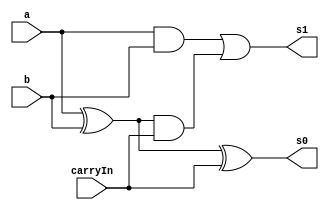
// Exemplo0021 - FULL ADDER(6 bits)
// Nome: Tiago Moreira

// -- full adder 2 bits

module fullAdder(output s1, output s0, input a, input b, input carryIn);

	//saidas intermediarias
	wire s2;
	wire s3;
	wire s4;

	//descricao do circuito por portas
	xor x1(s2,a,b);
	xor x2(s0,s2,carryIn);
	and a1(s3,a,b);
	and a2(s4,s2,carryIn);
	or o1(s1,s3,s4);

endmodule

// -- half adder 2 bits

module halfAdder(output s1, output s0, input a, input b);
	
	//descricao do circuito por portas
	xor x1(s0,a,b);
	and a1(s1,a,b);
endmodule

// -- full adder 6 bits (1 sinal - 5 amplitude)
module fullAdder6(output [0:5]s, input [0:5]a, input [0:5]b);

	//saidas intermediarias
	wire [0:5]s0;

	//descricao do circuito usando modulos anteriores
	halfAdder h1(s0[5],s[5],a[5],b[5]);
	fullAdder f1(s0[4],s[4],a[4],b[4],s0[5]);
	fullAdder f2(s0[3],s[3],a[3],b[3],s0[4]);
	fullAdder f3(s0[2],s[2],a[2],b[2],s0[3]);
	fullAdder f4(s0[1],s[1],a[1],b[1],s0[2]);
	xor x1(s0[0],b[0],s0[1]);
	xor x2(s[0],a[0],s0[0]);

endmodule

//------------------
// Test Full Adder
//------------------
module testAdder;

// ---- dados locais
//registradores para os operandos
reg [0:5]a = 6'b000000;
reg [0:5]b = 6'b000000;
wire [0:5]s;

fullAdder6 f1(s,a,b);
	
// ---- parte principal

initial
	begin
	
	//execucao unitaria
	$display ("Exemplo0021 - Tiago Moreira - 438948");
	$display ("Full Adder 6 bits (1 sinal - 5 amplitude)\nExercicio01\n\n");
	
	#1 $display ("%b + %b = %b",a,b,s);
		a = 6'b111110;	b = 6'b000100;
	#1	$display ("%b + %b = %b",a,b,s);
		b = 6'b111110;
	#1	$display ("%b + %b = %b",a,b,s);
		a = 6'b000111;	b = 6'b111000;
	#1	$display ("%b + %b = %b",a,b,s);
	
	end
endmodule //testAdder

/* -- Documentacao complementar
 
 		Historico
 Nome					Data				Modificacao
 Exemplo0021			01/09/2011		Esboco Full Adder 6 bits

			Testes e Resultados

 Exemplo0021
		Full Adder 6 bits (1 sinal - 5 amplitude)
		
		000000 + 000000 = 000000
		111110 + 000100 = 000010
		111110 + 111110 = 111100
		000111 + 111000 = 111111
*/